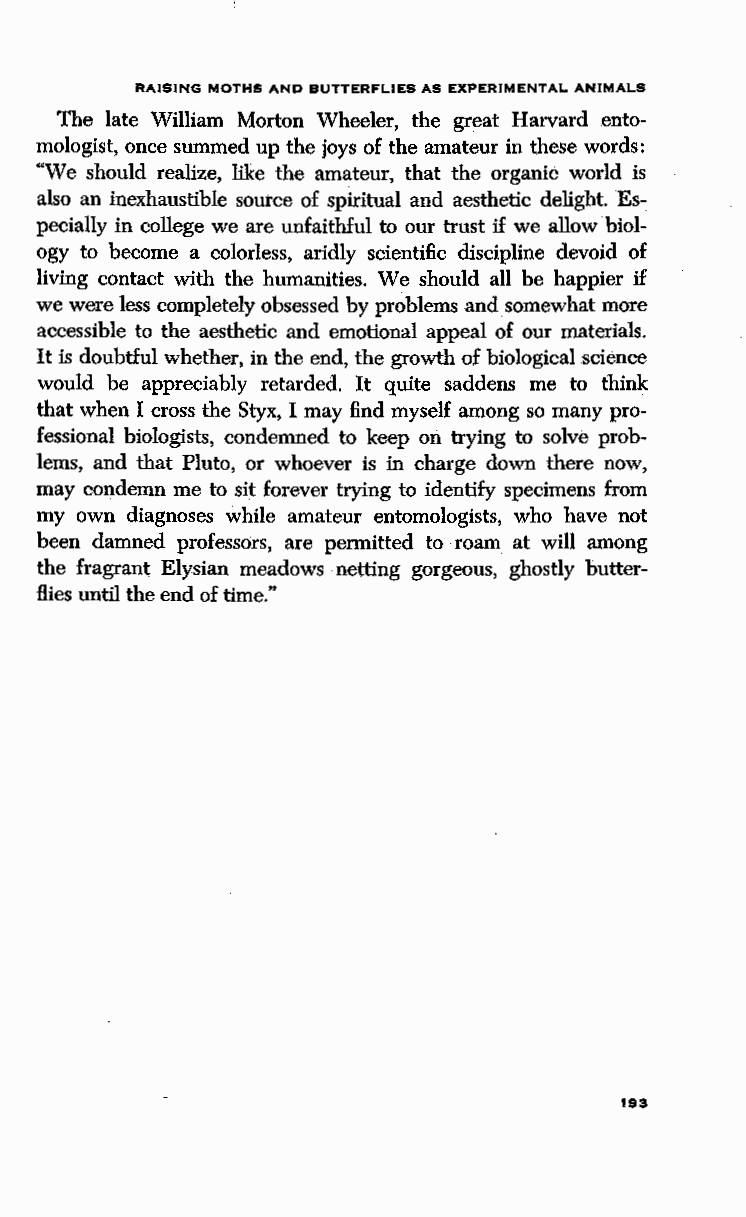
RAISING MO HS AND BUTTERFLIES AS EXPERIMENTAL ANIMALS
 The late William Morton Wheeler, the great Harvard ento
 mologist, once summ d up the joys of the amateur in these words:
 "We should realize, ike the amateur, that the organic world is
 also an inexhaustible source of spiritual and aesthetic delight. Es
 pecially in college w are unfaithful to our trust if we allow bioi-·
 ogy to become a co orless, aridly scientific discipline devoid of
 living contact with the humanities. We should all be happier if
 we were less completely obsessed by problems and somewhat more
 accessible to the aesthetic and emotional appeal of our materials.
 It is doubtful whether, in the end, the growth of biological.science
 would be appreciably retarded. It quite saddens me to think
 that when I cross the Styx, I may find myself among so many pro
 fessional biologists, condemned to keep on trying to solve prob
 lems, and that Pluto, or whoever is in charge down there now,
 may condemn me to sit forever trying to identify specimens from
 my own diagnoses while amateur entomologists, who have not
 been damned professors, ·are permitted to roam at will among
 the fragrant Elysian meadows netting gorgeous, ghostly butter
 Hies until the end of time."
 193